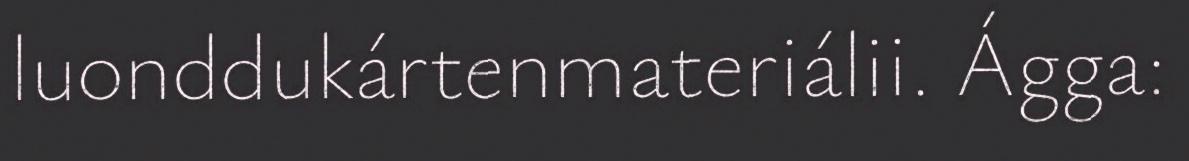
luonddukártenmateriálii. Ágga: